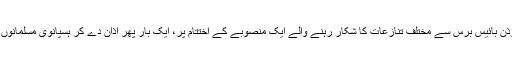
مگر آج جمعرات کو ایک مؤذن بائیس برس سے مختلف تنازعات کا شکار رہنے والے ایک منصوبے کے اختتام پر، ایک بار پھر اذان دے کر ہسپانوی مسلمانوں کو دعوت نماز دے رہا ہے۔